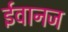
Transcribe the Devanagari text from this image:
ईवानज